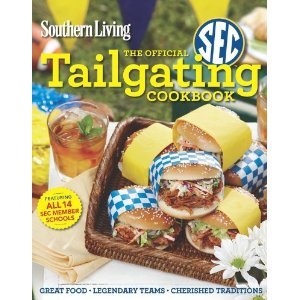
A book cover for The Official SEC Tailgating Cookbook: Great Food Legendary Teams Cherished Traditions [Tailgating Cookbook] by Southern Living Magazine (Southern Living The Official SEC); Cookbooks, Food & Wine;